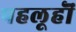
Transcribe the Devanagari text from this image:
पहलूहॊं